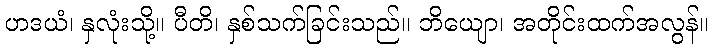
ဟဒယံ၊ နှလုံးသို့။ ပီတိ၊ နှစ်သက်ခြင်းသည်။ ဘိယျော၊ အတိုင်းထက်အလွန်။